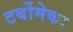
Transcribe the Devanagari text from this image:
टर्बोमेका